Report of an investigation into the causes of the diseases known in Assam as Kála-Azár and Beri-Beri
Disease focus: Beri-Beri
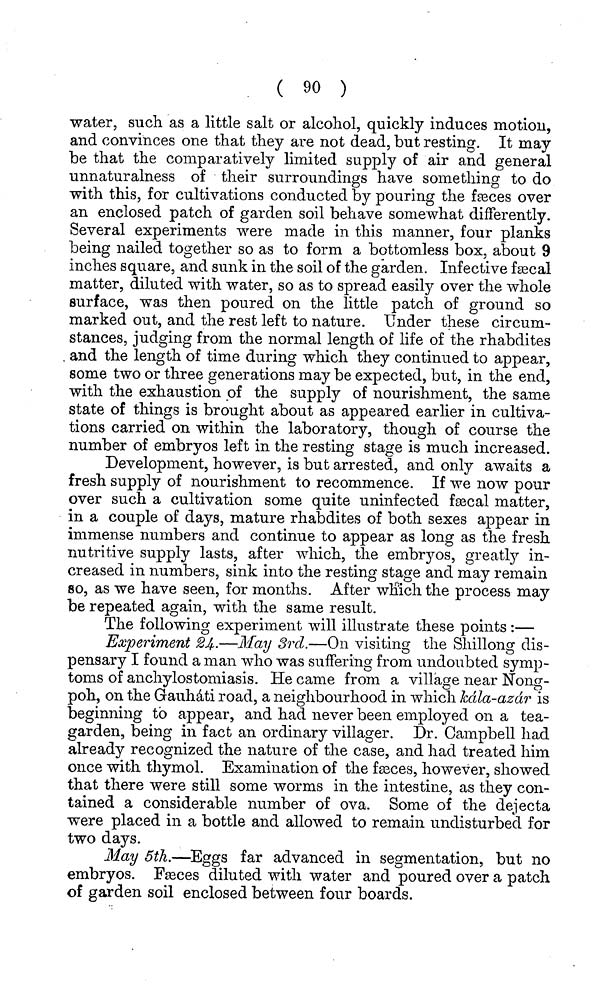
( 90 )
water, such as a little salt or alcohol, quickly induces motion,
and convinces one that they are not dead, but resting. It may
be that the comparatively limited supply of air and general
unnaturalness of their surroundings have something to do
with this, for cultivations conducted by pouring the fasces over
an enclosed patch of garden soil behave somewhat differently.
Several experiments were made in this manner, four planks
being nailed together so as to form a bottomless box, about 9
inches square, and sunk in the soil of the garden. Infective fascal
matter, diluted with water, so as to spread easily over the whole
surface, was then poured on the little patch of ground so
marked out, and the rest left to nature. Under these circum-
stances, judging from the normal length of life of the rhabdites
and the length of time during which they continued to appear,
some two or three generations may be expected, but, in the end,
with the exhaustion of the supply of nourishment, the same
state of things is brought about as appeared earlier in cultiva-
tions carried on within the laboratory, though of course the
number of embryos left in the resting stage is much increased.
Development, however, is but arrested, and only awaits a
fresh supply of nourishment to recommence. If we now pour
over such a cultivation some quite uninfected fascal matter,
in a couple of days, mature rhabdites of both sexes appear in
immense numbers and continue to appear as long as the fresh
nutritive supply lasts, after which, the embryos, greatly in-
creased in numbers, sink into the resting stage and may remain
so, as we have seen, for months. After which the process may
be repeated again, with the same result.
The following experiment will illustrate these points:—
Experiment 24-—May 3rd.—On visiting the Shillong dis-
pensary I found a man who was suffering from undoubted symp-
toms of anchylostomiasis. He came from a village near Nong-
poh, on the Gauhdti road, a neighbourhood in which kdla-azdr is
beginning to appear, and had never been employed on a tea-
garden, being 111 fact an ordinary villager. Dr. Campbell had
already recognized the nature of the case, and had treated him
once with thymol. Examination of the fasces, however, showed
that there were still some worms in the intestine, as they con-
tained a considerable number of ova. Some of the dejecta
were placed in a bottle and allowed to remain undisturbed for
two days.
May 5th.—Eggs far advanced in segmentation, but no
embryos. Fasces diluted with water and poured over a patch
of garden soil enclosed between four boards.